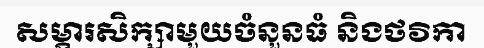
សម្ភារសិក្សាមួយចំនួនធំ និងថវិកា